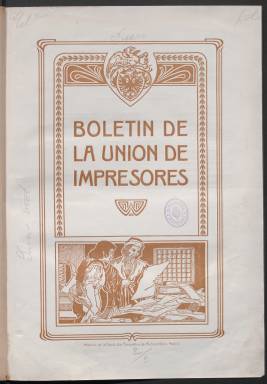
Título: Boletín de la Unión de Impresores
Colección: Artes gráficas
Ámbito geográfico: Madrid
Lugar de publicación: Madrid
Fechas: 01/12/1904-31/12/1932